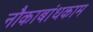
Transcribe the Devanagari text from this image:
नौकाबांधकाम